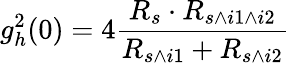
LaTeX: g_{h}^{2}(0)=4\frac{R_{s}\cdot R_{s\wedge i1\wedge i2}}{R_{s\wedge i1}+R_{s\wedge i2}}